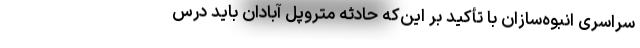
سراسری انبوه‌سازان با تأکید بر این‌که حادثه متروپل آبادان باید درس